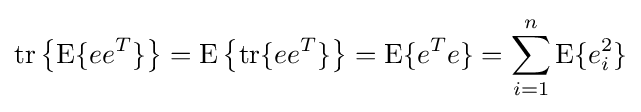
\operatorname {tr} \left\{\operatorname {E} \{ee^{T}\}\right\}=\operatorname {E} \left\{\operatorname {tr} \{ee^{T}\}\right\}=\operatorname {E} \{e^{T}e\}=\sum _{i=1}^{n}\operatorname {E} \{e_{i}^{2}\}